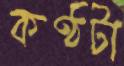
কণ্ঠটা